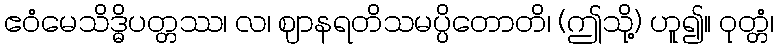
ဧဝံမေသိဒ္ဓိပတ္တဿ၊ လ၊ ဈာနရတိသမပ္ပိတောတိ၊ (ဤသို့) ဟူ၍။ ဝုတ္တံ၊